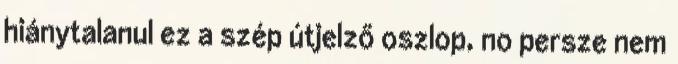
hiánytalanul ez a szép útjelző oszlop, no persze nem